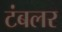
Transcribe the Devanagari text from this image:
टंबलर